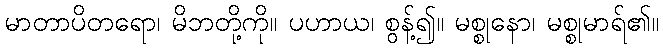
မာတာပိတရော၊ မိဘတို့ကို။ ပဟာယ၊ စွန့်၍။ မစ္စုနော၊ မစ္စုမာရ်၏။